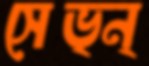
সেভ্ন্